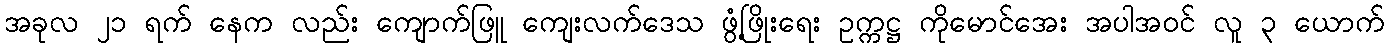
အခုလ ၂၁ ရက် နေက လည်း ကျောက်ဖြူ ကျေးလက်ဒေသ ဖွံ့ဖြိုးရေး ဥက္ကဋ္ဌ ကိုမောင်အေး အပါအဝင် လူ ၃ ယောက်